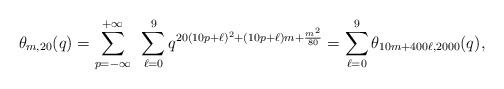
\begin{align*}\theta_{m,20}(q)= \sum_{p=-\infty}^{+\infty} ~\sum_{\ell=0}^9q^{20(10p+\ell)^2 + (10p+\ell)m + \frac{m^2}{80} }= \sum_{\ell=0}^9 \theta_{10m + 400 \ell,2000}(q),\end{align*}